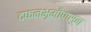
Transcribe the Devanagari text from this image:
दफनभूमीपासून